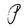
Character: P